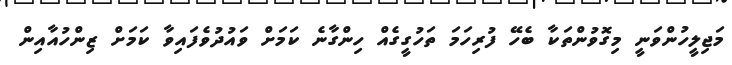
މަޖިލީހުންވަނީ މިގޮވުންތަކާ ބެހޭ ފުރިހަމަ ތަހުގީގެއް ހިންގާނެ ކަމަށް ވައުދުވެފައިވާ ކަމަށް ޒިންހުއާއިން